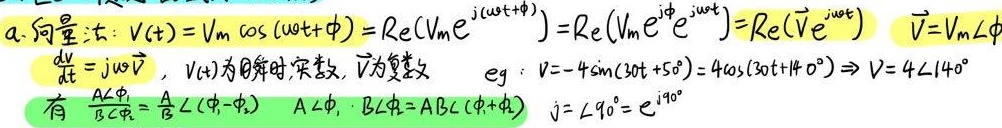
a.向量法：\(V(t)=V_m\cos(\omega t+\phi)=\mathrm{Re}(V_m e^{j(\omega t+\phi)})=\mathrm{Re}(V_m e^{j\phi}e^{j\omega t})=\mathrm{Re}(\vec{V}e^{j\omega t})\quad \vec{V}=V_m\angle\phi\)
\(\frac{d\vec{V}}{dt}=j\omega\vec{V}\)，\(V(t)\)为瞬时,实数，\(\vec{V}\)为复数
\(eg:V = - 4\sin(30t + 50^{\circ}) = 4\cos(30t+140^{\circ})\Rightarrow V = 4\angle140^{\circ}\)
有 \(\frac{A\angle\phi_1}{B\angle\phi_2}=\frac{A}{B}\angle(\phi_1-\phi_2)\quad A\angle\phi_1\cdot B\angle\phi_2 = AB\angle(\phi_1+\phi_2)\quad j=\angle90^{\circ}=e^{j90^{\circ}}\)